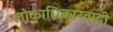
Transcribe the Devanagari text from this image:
लोकाधिकारवादी